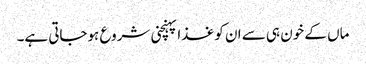
ماں کے خون ہی سے ان کو غذا پہنچنی شروع ہوجاتی ہے۔